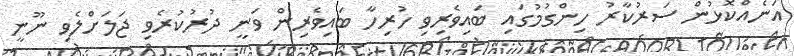
އަނެއްކޮޅުން ސަރުކާރު ހިންގުމުގައި ބައިވެރިވި ހުރިހާ ބައިވެރިން ވަނީ ދުރުކުރެވި ޖަލަށްލެވި ނޫނީ